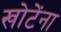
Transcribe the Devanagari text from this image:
खोटेंना